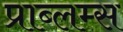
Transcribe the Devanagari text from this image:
प्राब्लम्स